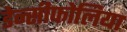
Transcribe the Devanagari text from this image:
डेन्सीफोलिया